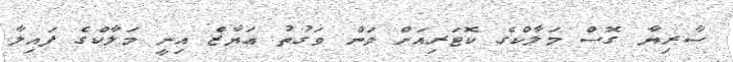
ސާރިޔާ ގޮސް މަލާކްގެ ކޮޓަރިއަށް ވަން ވަގުތު އަޔާޒް އިނީ މަލާކްގެ ފައިލާ